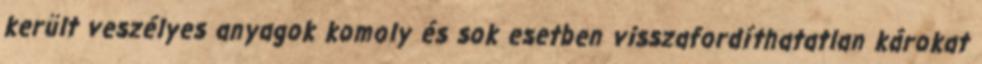
került veszélyes anyagok komoly és sok esetben visszafordíthatatlan károkat